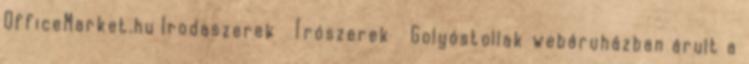
OfficeMarket.hu Irodaszerek Írószerek Golyóstollak webáruházban árult a